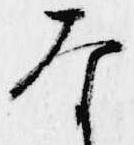
な